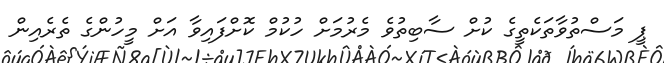
ޕީ މަސްތުވާތަކެތީގެ ކުށް ސާބިތުވެ މެރުމަށް ހުކުމް ކޮށްފައިވާ އަށް މީހުންގެ ތެރެއިން